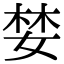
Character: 婪